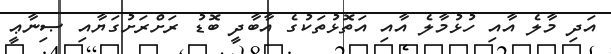
އަދި މާލެ އާއި ހުޅުމާލެ އާއި އަތޮޅުތަކުގެ އާބާދީ ބޮޑު ރަށްރަށުގަޔާއި ޞިނާޢީ